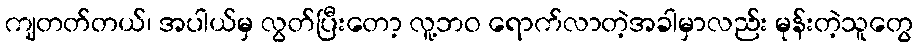
ကျတတ်တယ်၊ အပါယ်မှ လွတ်ပြီးတော့ လူ့ဘဝ ရောက်လာတဲ့အခါမှာလည်း မုန်းတဲ့သူတွေ